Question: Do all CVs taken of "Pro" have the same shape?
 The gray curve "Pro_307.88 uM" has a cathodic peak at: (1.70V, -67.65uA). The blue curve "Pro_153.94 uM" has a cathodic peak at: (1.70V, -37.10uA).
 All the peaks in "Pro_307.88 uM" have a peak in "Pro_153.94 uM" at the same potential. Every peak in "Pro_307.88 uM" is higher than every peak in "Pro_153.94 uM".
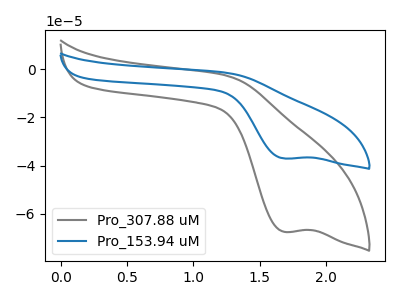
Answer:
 <answer>All the CV's of "Pro" have similar shape.</answer>
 <eval>follow_rule</eval>